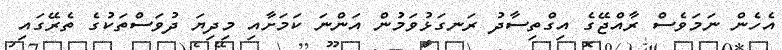
އެހެން ނަމަވެސް ރާއްޖޭގެ އިގްތިސާދު ރަނގަޅުވަމުން އަންނަ ކަމަށާއި މިދިޔަ ދުވަސްތަކުގެ ތެރޭގައި